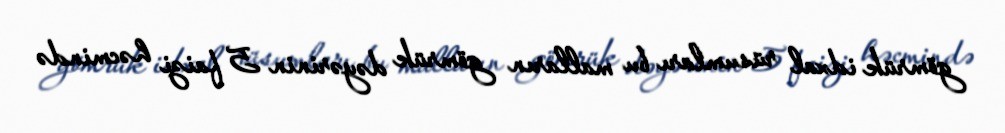
gömrük idxal rüsumları bu malların gömrük dəyərinin 5 faizi həcmində